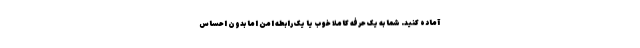
آماده کنید. شما به یک حرفه کاملاً خوب یا یک رابطه امن اما بدون احساس